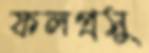
ফলপ্রসু